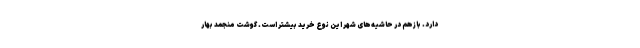
دارد. بازهم در حاشیه‌های شهر این نوع خرید بیشتر است. گوشت منجمد بهار